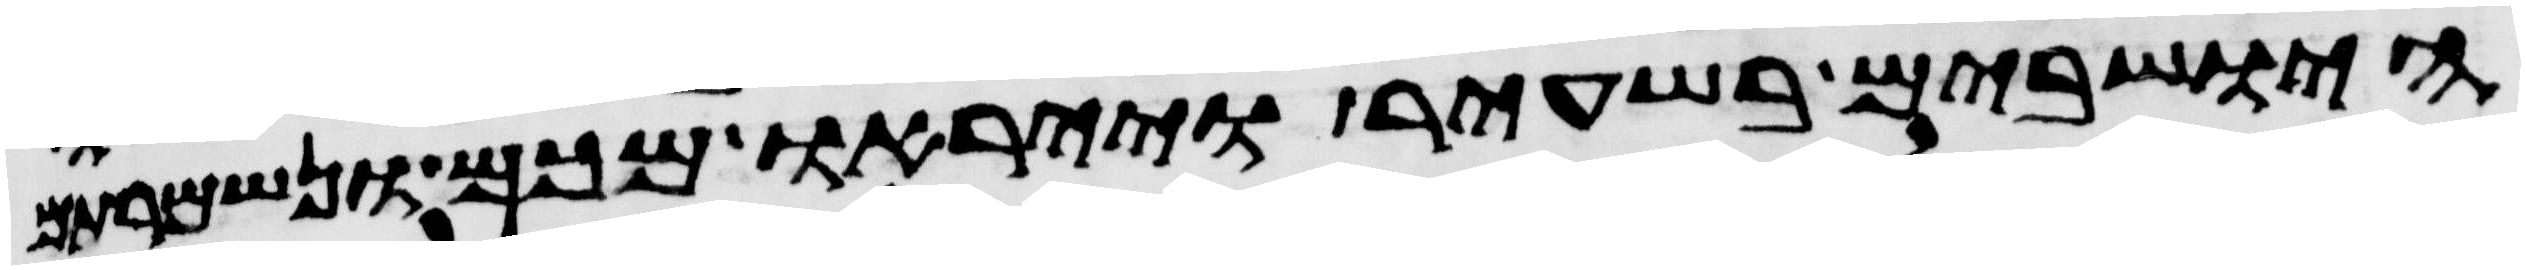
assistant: הישבים בשעיר וייראו מכם ונשמרתם